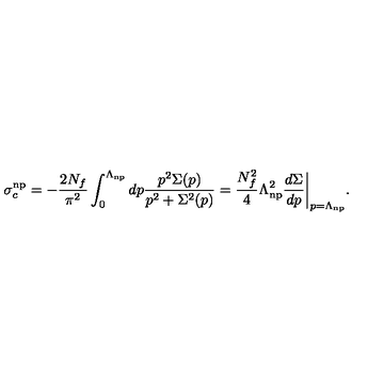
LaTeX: \sigma _ { c } ^ { \mathrm { n p } } = - \frac { 2 N _ { f } } { \pi ^ { 2 } } \int _ { 0 } ^ { \Lambda _ { \mathrm { n p } } } d p \frac { p ^ { 2 } \Sigma ( p ) } { p ^ { 2 } + \Sigma ^ { 2 } ( p ) } = \frac { N _ { f } ^ { 2 } } { 4 } \Lambda _ { \mathrm { n p } } ^ { 2 } \frac { d \Sigma } { d p } \bigg | _ { p = \Lambda _ { \mathrm { n p } } } .